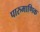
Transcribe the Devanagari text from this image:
पारुमाणिक